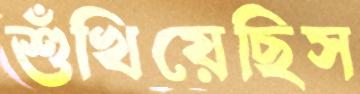
শুঁখিয়েছিস